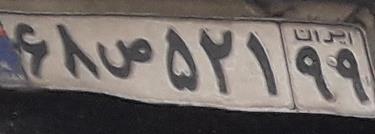
۶۸ص۵۲۱۹۹